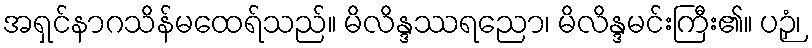
အရှင်နာဂသိန်မထေရ်သည်။ မိလိန္ဒဿရညော၊ မိလိန္ဒမင်းကြီး၏။ ပဉှံ၊